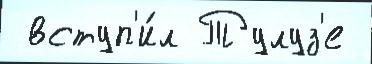
 вступ'и́л Тулуз'е